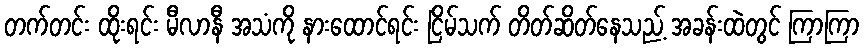
တက်တင်း ထိုးရင်း မီလာနီ အသံကို နားထောင်ရင်း ငြိမ်သက် တိတ်ဆိတ်နေသည့် အခန်းထဲတွင် ကြာကြာ